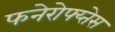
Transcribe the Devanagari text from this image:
फनेरोफ्य्तेस